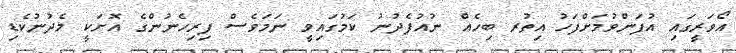
އޯވަރީގައި އުފަންވުމަށްފަހު އިތުރ ބިހެއް ނުއުފެދުނު ކަމުގައިވީ ނަމަވެސް ފިރިހެނުންގެ އޮށަކީ މެދުނުކެޑި